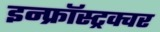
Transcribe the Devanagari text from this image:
इन्फ्रॉस्ट्रक्चर